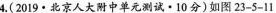
4.(2019·北京人大附中单元测试·10分)如图23-5-11